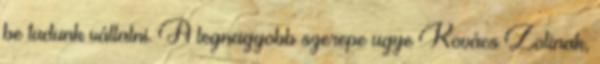
be tudunk vállalni. A legnagyobb szerepe ugye Kovács Zolinak,